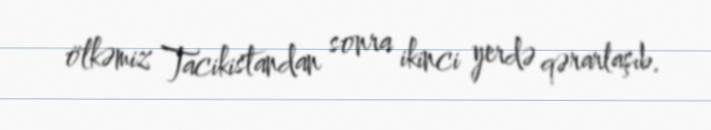
ölkəmiz Tacikistandan sonra ikinci yerdə qərarlaşıb.